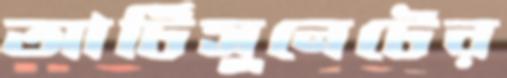
আর্টিসুনেটের